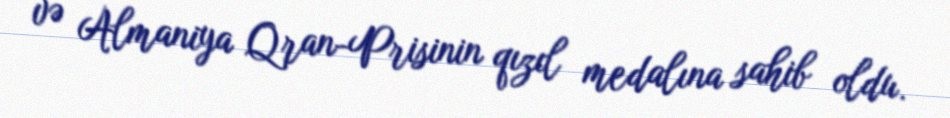
və Almaniya Qran-Prisinin qızıl medalına sahib oldu.